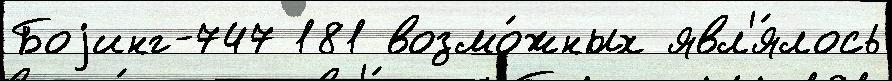
Боjинг-747 181 возмо́жных явл'я́лось